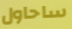
ساحاول